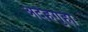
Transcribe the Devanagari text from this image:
अदेहगुहा